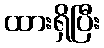
ထားရှိပြီး